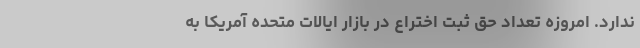
ندارد. امروزه تعداد حق ثبت اختراع در بازار ایالات متحده آمریکا به